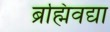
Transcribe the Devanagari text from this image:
ब्रह्मिवद्या